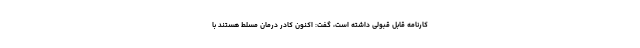
کارنامه قابل قبولی داشته است، گفت: اکنون کادر درمان مسلط هستند با